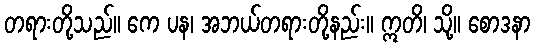
တရားတို့သည်။ ကေ ပန၊ အဘယ်တရားတို့နည်း။ ဣတိ၊ သို့။ စောဒနာ